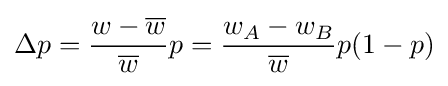
\Delta p={\frac {w-{\overline {w}}}{\overline {w}}}p={\frac {w_{A}-w_{B}}{\overline {w}}}p(1-p)